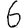
Digit: 6